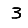
Digit: 3